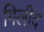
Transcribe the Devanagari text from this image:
गिलीद